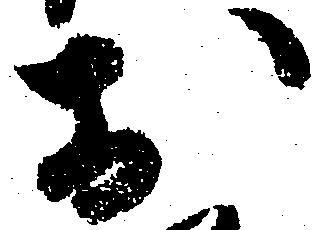
於